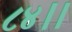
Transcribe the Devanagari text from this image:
८४।।